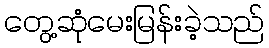
တွေ့ဆုံမေးမြန်းခဲ့သည်